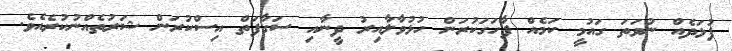
ފުޅަދެެއް ނުވަތަ ގައުމީ ކަމެއް ފާހަގަކުރަން ހުޅުވާލާއިރު ދީނާއި ސަގާފަތް އިސްކުރަން ޝަރުތެއްނުކުރެއެވެ.